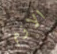
الازم